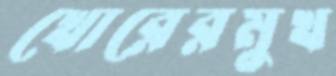
খোরেরমুখ